Report on vaccination in Madras 1877-1894 - 1877-1894
Year: 1877
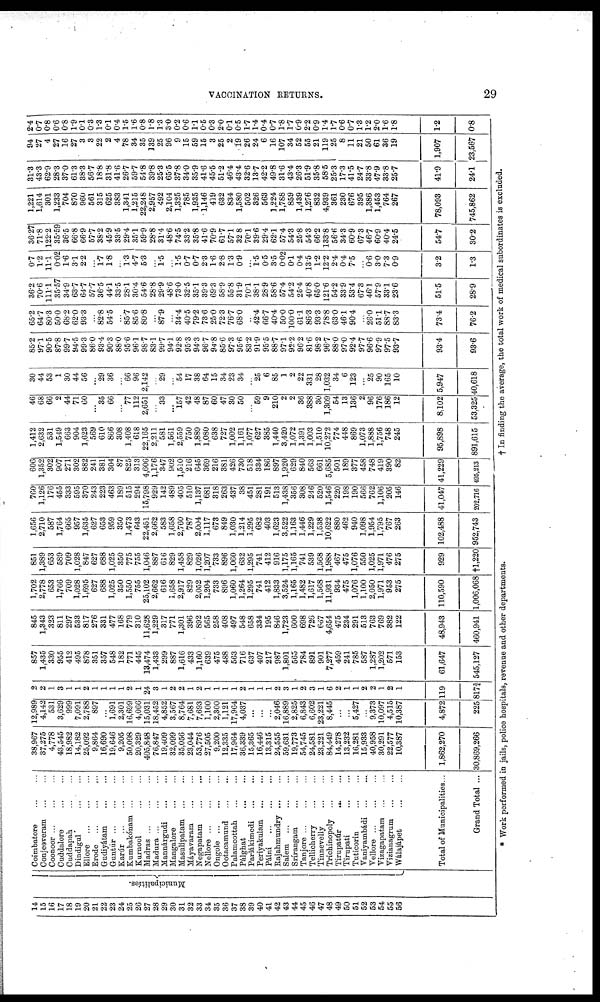
VACCINATION RETURNS.
29
14
15
16
17
18
19
20
21
22
23
24
25
26
27
28
29
30
31
32
33
34
35
36
37
38
39
40
41
42
43
44
45
46
47
48
49
50
51
52
53
54
55
56
Municipalities.
Coimbatore ... ...
Conjeeveram
...
...
Coonoor
...
...
...
Cuddalore ... ... ...
Cuddapah ... ... ...
Dindigul ... ... ...
Ellore
...
...
...
Erode ... ... ...
Gudiyátam
...
...
Guntúr
...
...
...
Karúr
...
...
...
Kumbakónam
...
...
Kurnool
...
...
Madras
...
...
...
Madura ... ... ...
Mannárgudi
...
...
Mangalore
...
...
Masulipatam
...
...
Máyavaram
...
...
Negapatam
...
...
Nellore
...
...
...
Ongole ... ... ...
Ootacamund
...
...
Palamcottah
...
...
Pálghat
...
...
Parlákimedi
...
...
Periyakulam
...
...
Pálni
...
...
...
Rajahmundry
...
...
Salem
...
...
...
Srírangam
...
...
Tanjore
...
...
...
Tellicherry
...
...
Tinnevelly ... ...
Trichinopoly ... ...
Tirupatúr ... ...
Tirupati
...
...
Tuticorin ... ...
Vaniyambádi
...
...
Vellore
...
...
...
Vizagapatam
...
...
Vizianagrum ... ...
Wálajápet
...
...
Total of Municipalities...
Grand Total ...
38,967
37,275
4,778
43,545
18,982
14,182
25,092
9,864
16,690
19,646
9,205
50,098
20,329
405,848
76,847
19,409
32,099
35,056
23,044
53,776
27,505
9,200
12,335
17,964
36,339
15,365
16,446
13,315
24,555
59,631
19,773
54,745
24,581
23,221
84,449
14,278
13,232
16,281
15,933
40,958
30,291
22,577
10,387
1,862,270
30,869,266
12,989
4,142
531
3,629
999
7,091
2,788
897
...
1,691
2,301
16,699
4,066
15,031
18,452
4,852
3,567
8,764
7,681
7,693
1,100
2,300
1,121
17,964
4,037
...
...
...
2,046
16,889
2,825
6,843
6,602
23,221
8,445
...
...
5,427
...
9,373
10,097
4,515
10,387
4,872
225
2
2
1
3
1
1
2
1
1
1
1
2
1
24
3
1
2
2
1
2
1
1
1
1
2
1
1
1
2
3
1
2
3
1
6
2
1
1
2
2
1
2
1
119
817¾
857
1,435
330
955
412
495
878
351
357
548
182
771
445
13,474
1,433
299
887
1,616
433
1,160
639
475
488
563
716
637
407
217
987
1,801
565
784
891
901
7,277
459
241
785
587
1,287
1,202
571
153
61,647
545,127
845
1,343
323
811
297
533
817
276
331
477
168
779
310
11,628
1,229
317
771
1,301
396
892
565
258
408
497
548
658
334
195
846
1,723
600
698
726
667
4,654
475
234
291
513
763
769
382
122
48,943
460,941
1,702
2,778
653
1,766
709
1,028
1,695
627
688
1,025
350
1,550
755
25,102
2,662
616
1,658
2,917
829
2,052
1,204
733
896
1,060
1,264
1,295
741
412
1,833
3,524
1,165
1,482
1,617
1,568
11,931
934
475
1,076
1,100
2,050
1,971
953
275
110,590
1,006,068
851
1,389
653
589
709
1,028
847
627
688
1,025
350
775
755
1,046
887
616
829
1,458
829
1,026
1,207
733
896
1,060
632
1,295
741
412
916
1,175
1,165
741
539
1,568
1,988
467
475
1,076
550
1,025
1,971
476
275
929
†1,220
1,656
2,710
587
1,764
665
957
1,635
627
653
959
350
1,473
643
22,451
2,662
583
1,658
2,760
787
2,004
1,117
673
849
1,030
1,214
1,295
682
403
1,623
3,522
1,163
1,446
1,229
1,538
10,622
880
462
940
1,098
1,954
1,795
767
263
102,488
952,743
760
1,126
176
455
333
595
370
243
223
463
189
515
294
15,798
929
142
489
405
510
1,137
681
318
263
437
38
451
281
191
513
1,438
356
308
246
520
1,546
220
198
190
566
762
1,106
205
146
41,047
202,716
606
1,352
302
907
271
302
882
241
381
304
87
825
313
4,606
1,176
347
902
1,510
216
645
369
216
381
426
730
518
334
186
897
1,920
629
840
563
661
5,685
501
189
377
458
748
419
390
82
41,229
495,213
1,412
2,632
531
1,549
663
904
1,623
569
610
866
308
1,408
618
22,165
2,211
581
1,561
2,559
750
1,889
1,080
638
727
1,002
1,161
1,077
627
385
1,440
3,420
1,072
1,391
1,003
1,510
10,272
774
448
869
1,073
1,888
1,756
748
245
95,898
891,615
46
68
66
2
44
71
60
...
35
66
...
77
112
2,651
...
33
...
157
42
48
87
60
47
30
50
...
59
9
210
2
2
36
388
30
1,309
54
13
136
2
96
176
186
12
8,102
53,325
30
44
53
1
30
44
56
...
29
36
...
66 96
2,142
...
29
...
54
17
38
64
15
34
23
34
...
25
6
85
1
2
22
331
28
1,032
34
6
123
...
25
90
165
10
5,947
40,618
85.2
97.1
90.5
87.8
99.7
94.5
99.3
86.0
93.4
90.3
88.0
95.6
96.1
98.7
83.1
99.7
94.1
92.8
95.3
94.3
96.7
94.8
85.6
97.3
95.6
83.2
91.9
95.5
88.7
97.1
92.2
96.2
81.6
98.2
96.7
88.0
97.0
92.4
97.7
96.6
97.9
97.5
93.7
93.4
93.6
65.2
64.7
80.3
50.0
68.2
62.0
93.3
...
82.8
54.5
...
85.7
85.6
80.8
...
87.9
...
34.4
40.5
79.2
73.6
25.0
72.3
76.7
68.0
...
42.4
66.7
40.4
50.0
100.0
61.1
86.3
93.3
78.8
63.0
46.1
90.4
...
26.0
51.1
88.7
83.3
73.4
76.2
36.2
70.6
111.1
35.57
34.9
63.7
64.7
57.7
36.5
44.1
33.5
28.1
30.4
54.6
28.8
29.9
48.6
73.0
32.5
35.1
39.3
69.3
58.9
55.8
31.9
70.1
38.1
28.9
58.6
57.4
54.2
25.4
40.8
65.0
121.6
54.2
33.9
53.4
67.3
46.1
57.9
33.1
23.6
51.5
28.9
0.7
1.2
11.1
0.02
1.6
3.1
2.2
...
1.7 1.8
...
1.3
4.7
5.3
...
1.5
...
1.5
0.7
0.7
2.3
1.6
2.8
1.8
0.9
...
1.5
0.5
3.5
0.02
0.1
0.4
13.5
1.2
12.2
2.4
0.4
7.5
...
0.6
3.0
7.3
0.9
3.2
1.3
36.27
71.8
122.2
35.59
36.5
66.8
66.9
57.7
38.2
45.9
33.5
29.4
35.1
59.9
28.8
31.4
48.6
74.5
33.2
35.8
41.6
70.9
61.7
57.1
32.8
70.1
39.6
29.4
62.1
57.4
54.3
25.8
54.3
66.2
133.8
56.6
34.3
60.9
67.3
46.7
60.9
40.4
24.5
54.7
30.2
1,221
1,614
301
1,233
704
870
960
561
315
625
383
1,341
1,215
22,248
2,957
492
2,104
1,325
785
1,935
1,146
419
632
834
1,580
502
326
563
1,224
1,788
859
1,439
1,276
832
4,939
361
230
676
395
1,386
1,453
764
267
78,093
745,862
31.3
43.3
62.9
28.3
37.0
61.3
38.3
56.7
18.8
31.8
41.6
26.7
59.7
54.8
39.8
25.3
65.5
37.8
34.0
35.9
41.6
45.5
51.2
46.4
43.4
32.6
13.7
42.2
49.8
31.6
43.4
26.3
51.9
35.8
58.5
25.3
17.3
41.5
24.7
33.8
47.9
33.8
25.7
41.9
24.1
94
27
4
27
16
27
3
3
22
2
4
78
34
35
139
25
96
9
15
59
15
3
25
2
19
26
24
6
16
107
34
52
55
21
119
25
8
11
21
50
61
36
19
1,907
23,567
2.4
0.7
0.8
0.6
0.8
1.9
0.1
0.3
1.3
0.1
0.4
1.5
1.6
0.8
1.8
1.3
3.0
0.2
0.6
1.1
0.5
0.3
2.0
0.1
0.5
1.7
1.4
0.4
0.7
1.8
1.7
0.9
2.2
0.9
1.4
1.7
0.6
0.7
1.3
1.2
2.0
1.6
1.8
1.2
0.8
* Work performed in jails, police hospitals, revenue and other departments.
† In finding the average, the total work of medical subordinates is excluded.